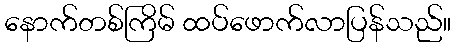
နောက်တစ်ကြိမ် ထပ်ဖောက်လာပြန်သည်။